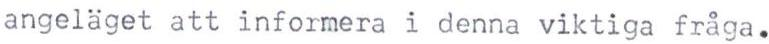
angeläget att informera i denna viktiga fråga.